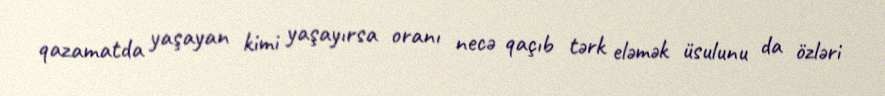
qazamatda yaşayan kimi yaşayırsa oranı necə qaçıb tərk eləmək üsulunu da özləri